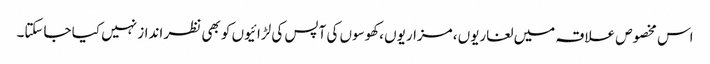
اس مخصوص علاقہ میں لغاریوں ،مزاریوں ،کھوسوں کی آپس کی لڑائیوں کو بھی نظر انداز نہیں کیا جاسکتا۔